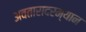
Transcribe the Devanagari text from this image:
अवतारादरम्यान